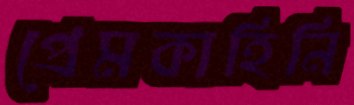
প্রেমকাহিনি